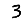
Digit: 3